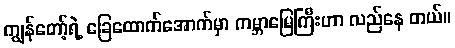
ကျွန်တော့်ရဲ့ ခြေထောက်အောက်မှာ ကမ္ဘာမြေကြီးဟာ လည်နေ တယ်။